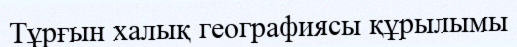
Тұрғын халық географиясы құрылымы